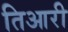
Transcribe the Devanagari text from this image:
तिआरी